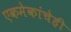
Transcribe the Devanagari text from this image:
एकमेकांचेही